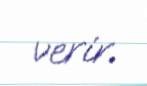
verir.